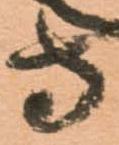
守